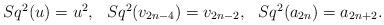
LaTeX: \begin{align*}\begin{array}{c c c}Sq^2(u)=u^2,&Sq^2(v_{2n-4})=v_{2n-2},&Sq^2(a_{2n})=a_{2n+2}.\end{array}\end{align*}